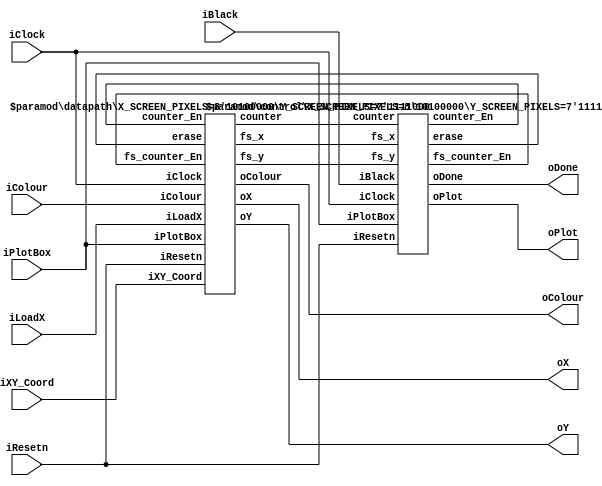
//
// This is the template for Part 2 of Lab 7.
//
// Paul Chow
// November 2021
//

module part2(iResetn,iPlotBox,iBlack,iColour,iLoadX,iXY_Coord,iClock,oX,oY,oColour,oPlot,oDone);
   parameter X_SCREEN_PIXELS = 8'd160;
   parameter Y_SCREEN_PIXELS = 7'd120;

   input wire iResetn, iPlotBox, iBlack, iLoadX;
   input wire [2:0] iColour;
   input wire [6:0] iXY_Coord;
   input wire 	    iClock;
   output wire [7:0] oX;         // VGA pixel coordinates
   output wire [6:0] oY;

   output wire [2:0] oColour;     // VGA pixel colour (0-7)
   output wire 	     oPlot;       // Pixel draw enable
   output wire       oDone;       // goes high when finished drawing frame

   //
   // Your code goes here
   //

   wire [3:0] counter;
   wire [7:0] fs_x;
   wire [6:0] fs_y;
   wire counter_En, fs_counter_En, erase;

   control #(.X_SCREEN_PIXELS(X_SCREEN_PIXELS), .Y_SCREEN_PIXELS(Y_SCREEN_PIXELS)) 
      C(iClock, iResetn, iPlotBox, iBlack, counter, fs_x, fs_y, counter_En, erase, fs_counter_En, oPlot, oDone);
   datapath #(.X_SCREEN_PIXELS(X_SCREEN_PIXELS), .Y_SCREEN_PIXELS(Y_SCREEN_PIXELS)) 
      D(iClock, iResetn, iLoadX, iPlotBox, iXY_Coord, iColour, erase, counter_En, fs_counter_En, counter, fs_x, fs_y, oX, oY, oColour);

endmodule // part2

module datapath ( iClock, iResetn, iLoadX, iPlotBox, iXY_Coord, iColour, erase, counter_En, fs_counter_En, 
                  counter, fs_x, fs_y, oX, oY, oColour);
   parameter X_SCREEN_PIXELS = 8'd160;
   parameter Y_SCREEN_PIXELS = 7'd120;

   input iClock, iResetn, iLoadX, iPlotBox, erase, counter_En, fs_counter_En;
   input [6:0] iXY_Coord;
   input [2:0] iColour;

   output reg [3:0] counter = 4'b0000;
   output reg [7:0] fs_x;
   output [7:0] oX;
   output reg [6:0] fs_y;
   output [6:0] oY;
   output [2:0] oColour;

   reg [7:0] X;
   reg [6:0] Y;
   reg [2:0] Colour;

   always @(posedge iClock)
   begin
      if (iResetn == 0)
      begin
         X <= 0;
         Y <= 0;
         Colour <= 0;
      end
      else if (iLoadX)
         X <= iXY_Coord;
      else if (iPlotBox)
      begin
         Y <= iXY_Coord;
         Colour <= iColour;
      end
   end

   always @(posedge iClock)
   begin
      if (iResetn == 0)
      begin
         counter <= 4'b0000;
         fs_x <= 0;
         fs_y <= 0;
      end
      else 
      begin
         if (counter_En)
         begin
            if (counter == 4'b1111)
               counter <= 4'b0000;
            else
               counter <= counter + 1;
         end
         if (fs_counter_En) 
         begin
            if (fs_x == X_SCREEN_PIXELS - 1)
            begin
               fs_x <= 0;
               if (fs_y == Y_SCREEN_PIXELS - 1)
                  fs_y <= 0;
               else
                  fs_y <= fs_y + 1;
            end
            else
               fs_x <= fs_x + 1;
         end
      end
   end

   assign oX = erase ? fs_x : X + counter[1:0];
   assign oY = erase ? fs_y : Y + counter[3:2];
   assign oColour = erase ? 3'b000 : Colour;
endmodule


module control(iClock, iResetn, iPlotBox, iBlack, counter, fs_x, fs_y, counter_En, erase, fs_counter_En, oPlot, oDone);
   parameter X_SCREEN_PIXELS = 8'd160;
   parameter Y_SCREEN_PIXELS = 7'd120;
   
   input iClock, iResetn, iPlotBox, iBlack;
   input [3:0] counter;
   input [7:0] fs_x;
   input [6:0] fs_y;
   output reg counter_En, erase, fs_counter_En, oPlot, oDone;

   reg [2:0] curr_state, next_state;

   localparam START = 3'd0, WAIT_DRAW = 3'd1, DRAW = 3'd2, WAIT_ERASE = 3'd3, ERASE = 3'd4, DONE = 3'd5;

   always @(*)
   begin
      case (curr_state)
         START: 
         begin
            if (iPlotBox) 
               next_state = WAIT_DRAW;
            else if (iBlack)
               next_state = WAIT_ERASE;
            else
               next_state = START;
         end
         WAIT_DRAW: next_state = iPlotBox ? WAIT_DRAW : DRAW;
         DRAW: next_state = (counter == 4'b1111) ? DONE: DRAW;
         WAIT_ERASE: next_state = iBlack ? WAIT_ERASE : ERASE;
         ERASE: next_state = ((fs_x == (X_SCREEN_PIXELS - 1)) && (fs_y == (Y_SCREEN_PIXELS - 1))) ? DONE : ERASE;
         DONE: 
         begin
            if (iPlotBox) 
               next_state = WAIT_DRAW;
            else if (iBlack)
               next_state = WAIT_ERASE;
            else
               next_state = DONE;
         end
         default: next_state = START;
      endcase
   end

   always @(*)
   begin
      counter_En = 1'b0;
      erase = 1'b0;
      fs_counter_En = 1'b0;
      oPlot = 1'b0;
      oDone = 1'b0;

      case (curr_state)
         DRAW:
         begin
            counter_En = 1'b1;
            oPlot = 1'b1;
         end
         ERASE:
         begin
            erase = 1'b1;
            fs_counter_En = 1'b1;
            oPlot = 1'b1;
         end
         DONE: oDone = 1'b1;
      endcase
   end

   always @(posedge iClock) 
   begin
      if (iResetn == 0) 
         curr_state <= START;
      else
         curr_state <= next_state;
   end
endmodule